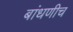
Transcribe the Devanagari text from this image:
बांधणीच